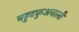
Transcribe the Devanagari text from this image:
बहुटकुअवाली